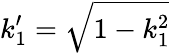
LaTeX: k_{1}^{\prime}=\sqrt{1-k_{1}^{2}}